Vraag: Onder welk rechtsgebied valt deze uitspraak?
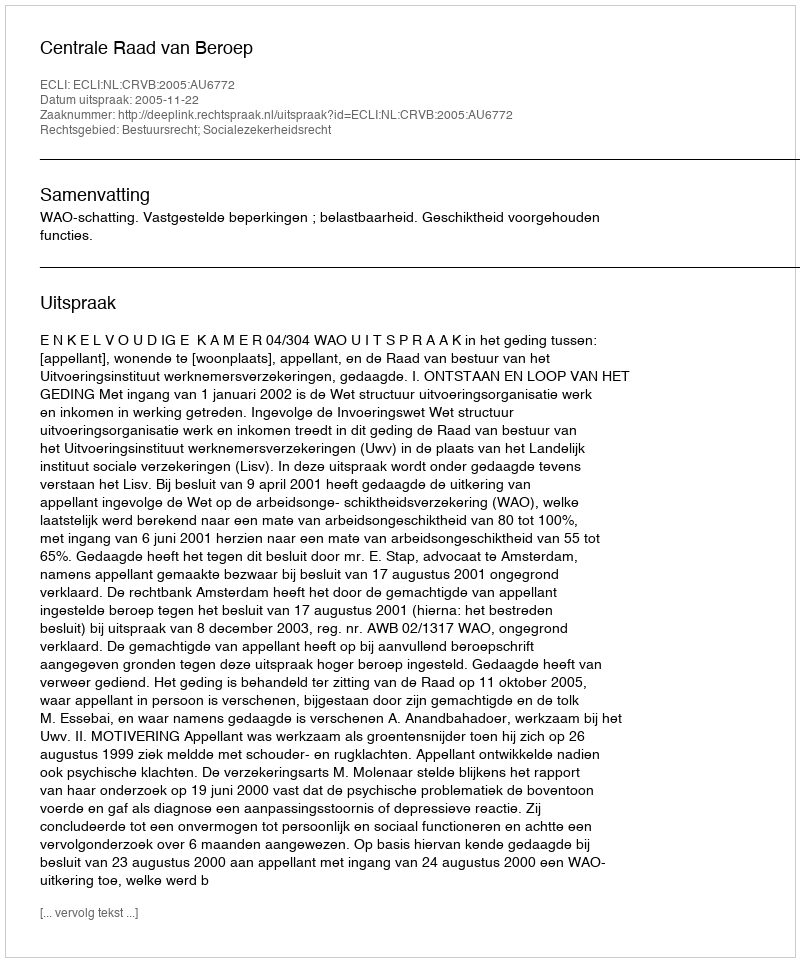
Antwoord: Bestuursrecht; Socialezekerheidsrecht